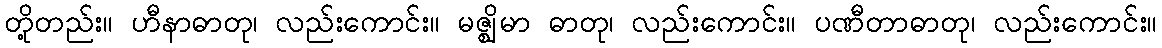
တို့တည်း။ ဟီနာဓာတု၊ လည်းကောင်း။ မဇ္ဈိမာ ဓာတု၊ လည်းကောင်း။ ပဏီတာဓာတု၊ လည်းကောင်း။